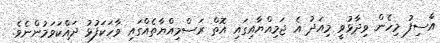
އާސިފު މިހެން ވިދާޅުވީ މިއަދު އެ ޖަމިއްޔާއިގައި އޮތް ރަސްމިއްޔާތެއްގައި ވާހަކަފުޅު ދައްކަވަމުންނެވެ.